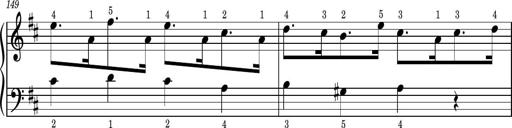
Title: Easy Progressive Lessons and 4 Sonatinas
Composer: Thomas Attwood